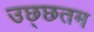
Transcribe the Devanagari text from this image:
उछ्छतम